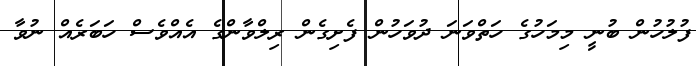
ފުލުހުން ބުނީ މިމަހުގެ ހަތްވަނަ ދުވަހުން ފެށިގެން ރިލްވާންގެ އެއްވެސް ހަބަރެއް ނުވާ